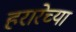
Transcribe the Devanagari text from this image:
हरारेच्या